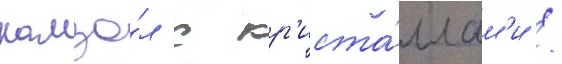
камзо́л с кр'иста́ллам'и /